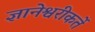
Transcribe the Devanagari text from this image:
ज्ञानेश्वरीकर्ते